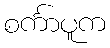
စင်္ကာပူက